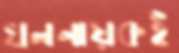
খলনায়কই